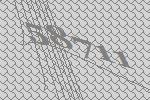
58711